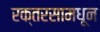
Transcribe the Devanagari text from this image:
रक्तरसामधून